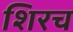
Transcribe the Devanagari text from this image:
शिरच